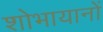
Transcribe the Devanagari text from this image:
शोभायानों